Leprosy in India: report of the Leprosy Commission in India, 1890-91
Year: 1890
Disease focus: Leprosy
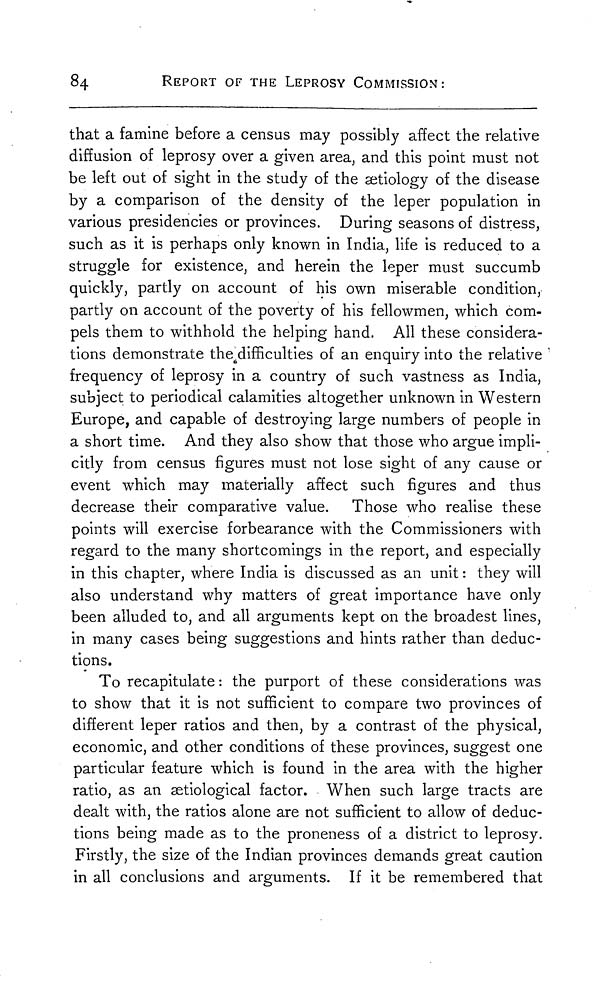
84
REPORT OF THE LEPROSY COMMISSION:
that a famine before a census may possibly affect the relative
diffusion of leprosy over a given area, and this point must not
be left out of sight in the study of the ætiology of the disease
by a comparison of the density of the leper population in
various presidencies or provinces. During seasons of distress,
such as it is perhaps only known in India, life is reduced to a
struggle for existence, and herein the leper must succumb
quickly, partly on account of his own miserable condition,
partly on account of the poverty of his fellowmen, which com-
pels them to withhold the helping hand. All these considera-
tions demonstrate the difficulties of an enquiry into the relative
frequency of leprosy in a country of such vastness as India,
subject to periodical calamities altogether unknown in Western
Europe, and capable of destroying large numbers of people in
a short time. And they also show that those who argue impli-
citly from census figures must not lose sight of any cause or
event which may materially affect such figures and thus
decrease their comparative value. Those who realise these
points will exercise forbearance with the Commissioners with
regard to the many shortcomings in the report, and especially
in this chapter, where India is discussed as an unit : they will
also understand why matters of great importance have only
been alluded to, and all arguments kept on the broadest lines,
in many cases being suggestions and hints rather than deduc-
tions.
To recapitulate : the purport of these considerations was
to show that it is not sufficient to compare two provinces of
different leper ratios and then, by a contrast of the physical,
economic, and other conditions of these provinces, suggest one
particular feature which is found in the area with the higher
ratio, as an ætiological factor. When such large tracts are
dealt with, the ratios alone are not sufficient to allow of deduc-
tions being made as to the proneness of a district to leprosy.
Firstly, the size of the Indian provinces demands great caution
in all conclusions and arguments. If it be remembered that